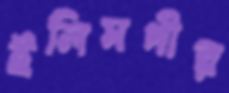
ইলিমগীর